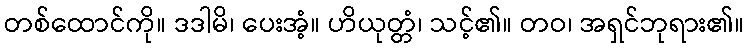
တစ်ထောင်ကို။ ဒဒါမိ၊ ပေးအံ့။ ဟိယုတ္တံ၊ သင့်၏။ တဝ၊ အရှင်ဘုရား၏။